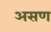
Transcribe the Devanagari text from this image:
असण